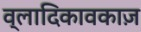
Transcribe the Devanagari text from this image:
व्लादिकावकाज़